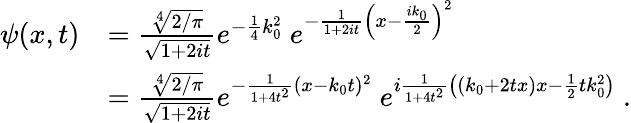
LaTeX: {\begin{array}{rl}{\psi(x,t)}&{={\frac{\sqrt[{4}]{2/\pi}}{\sqrt{1+2it}}}e^{-{\frac{1}{4}}k_{0}^{2}}~e^{-{\frac{1}{1+2it}}\left(x-{\frac{ik_{0}}{2}}\right)^{2}}}\\ &{={\frac{\sqrt[{4}]{2/\pi}}{\sqrt{1+2it}}}e^{-{\frac{1}{1+4t^{2}}}(x-k_{0}t)^{2}}~e^{i{\frac{1}{1+4t^{2}}}\left((k_{0}+2tx)x-{\frac{1}{2}}tk_{0}^{2}\right)}~.}\end{array}}